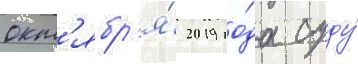
окт'ябр'я́ 2019 го́да суду́